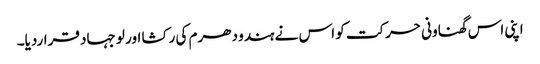
اپنی اس گھناونی حرکت کو اس نے ہندو دھرم کی رکشا اور لو جہاد قراردیا۔